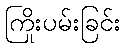
ကြိုးပမ်းခြင်း